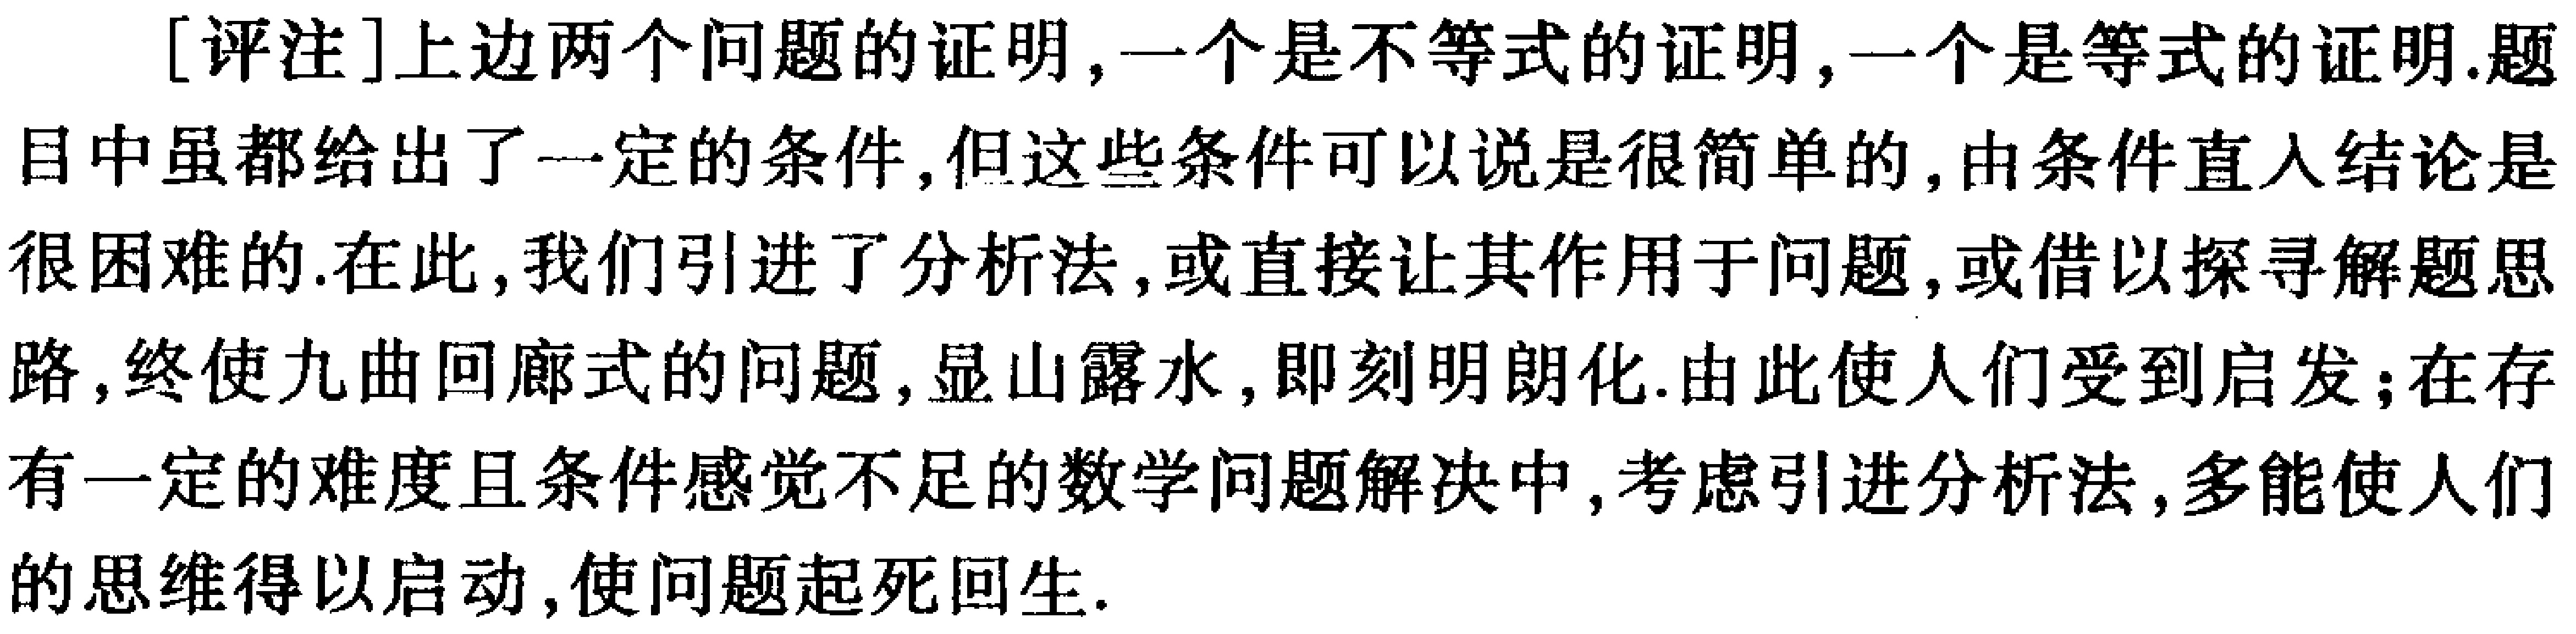
[评注]上边两个问题的证明,一个是不等式的证明,一个是等式的证明.题目中虽都给出了一定的条件,但这些条件可以说是很简单的,由条件直入结论是很困难的.在此,我们引进了分析法,或直接让其作用于问题,或借以探寻解题思路,终使九曲回廊式的问题,显山露水,即刻明朗化.由此使人们受到启发;在存有一定的难度且条件感觉不足的数学问题解决中,考虑引进分析法,多能使人们的思维得以启动,使问题起死回生.